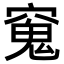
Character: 𫁖